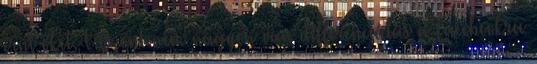
érni őket. Viszont nem nagyon van differenciálás a Facebookra